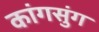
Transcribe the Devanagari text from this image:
कांगसुंग